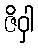
ဇိဝှါ